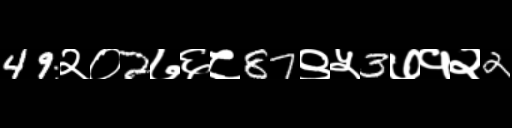
Text: 49२०2७६८87९५3७१२2